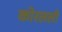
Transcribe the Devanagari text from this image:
कोरलली